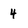
Character: 4